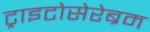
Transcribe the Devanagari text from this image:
ट्राइटोसेरेब्रम